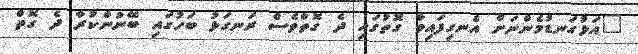
"އަޅުގަނޑުމެންނަށް އެނގިފައިވާ ގޮތުގައި ދެ ގޮތްވެސް ރަނގަޅު ބަހުގައި ބޭނުންކުރާ ދެ ގޮތް